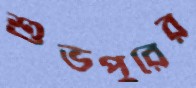
শুভপুরের